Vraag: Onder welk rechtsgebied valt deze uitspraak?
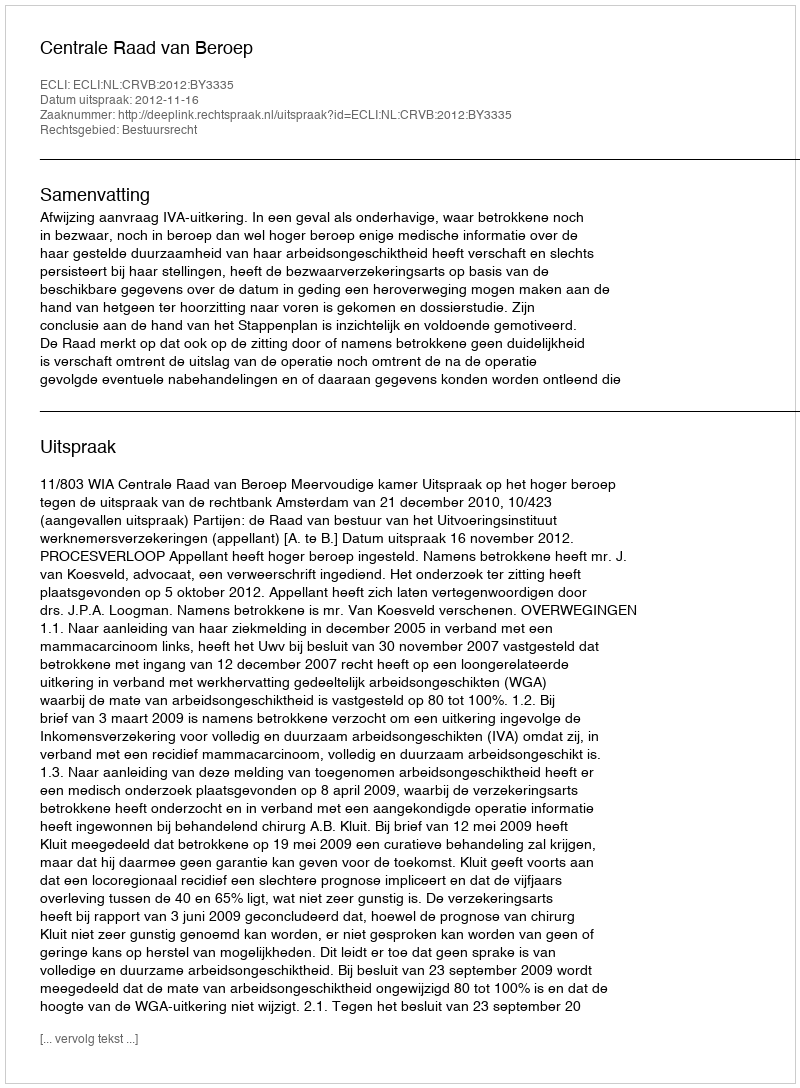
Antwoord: Bestuursrecht